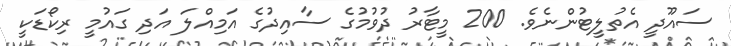
ސައޫދީ އެތުލީޓުންނެވެ. 200 މީޓާރު ދުވުމުގެ ސާއިދުގެ އަމިއްލަ އަދި ގައުމީ ރިކޯޑަކީ